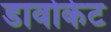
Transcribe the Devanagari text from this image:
डार्वोकेट